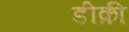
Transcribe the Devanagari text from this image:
डीक्री